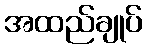
အထည်ချုပ်